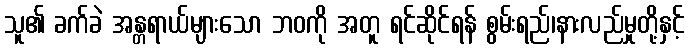
သူ၏ ခက်ခဲ အန္တရာယ်များသော ဘဝကို အတူ ရင်ဆိုင်ရန် စွမ်းရည်၊နားလည်မှုတို့နှင့်